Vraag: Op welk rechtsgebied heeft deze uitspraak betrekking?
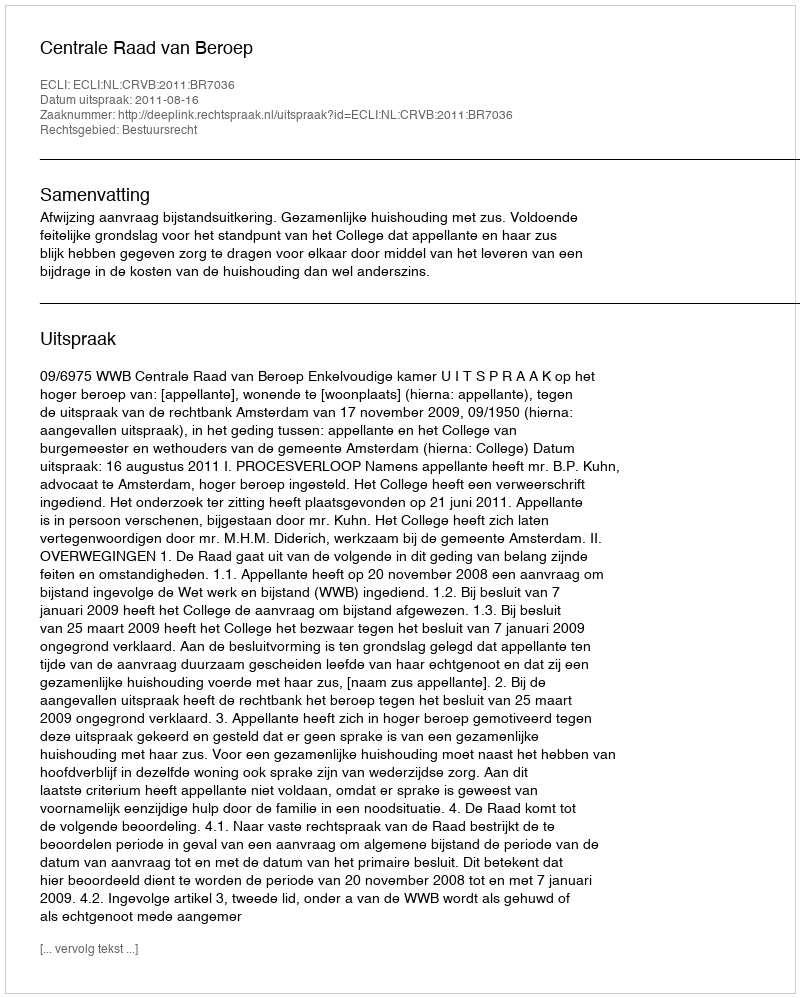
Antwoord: Bestuursrecht